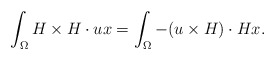
\begin{align*}\int_{\Omega} H \times H \cdot u x=\int_{\Omega} -(u \times H) \cdot H x.\end{align*}